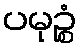
ပမုဉ္စံ